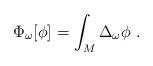
LaTeX: \begin{align*} \Phi_\omega [\phi] = \int_M \Delta_{\omega} \phi \ . \end{align*}